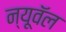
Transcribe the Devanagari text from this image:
न्यूवॅल